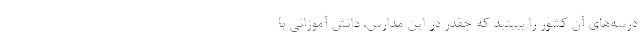
درسه‌‌های آن کشور را ببینید که چقدر در این مدارس، دانش آموزانی با